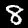
Digit: 8